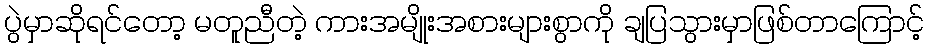
ပွဲမှာဆိုရင်တော့ မတူညီတဲ့ ကားအမျိုးအစားများစွာကို ချပြသွားမှာဖြစ်တာကြောင့်